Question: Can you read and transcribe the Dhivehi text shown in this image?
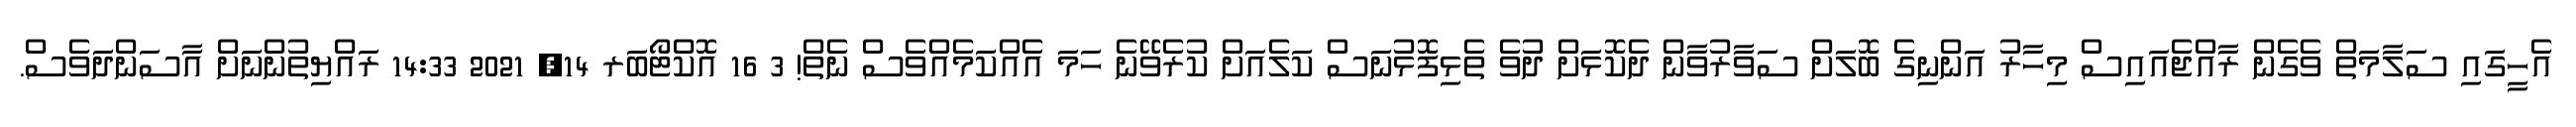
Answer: އެހީގައި ސަލާމަތް ވެގެން ރާއްޖެއައިސް މިހާރު އަންނިގެ ބޮލަށް ސަވާރުވާން ދެކޮޅަށް ދުވެ ތެޅިފޮޅުނަސް ކަލެއަށް ކުރެވޭނެ ހަމަ އެއްކަމެއްވެސް ނެތް! 3 16 އޮކްޓޯބަރ 14, 2021 14:33 ރައްޔިތުންނަށް އާސަންދަވެސް.